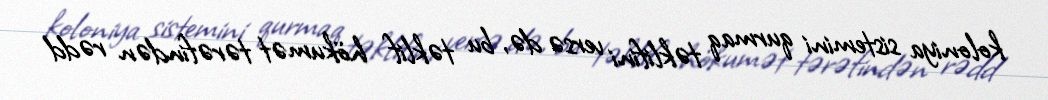
koloniya sistemini qurmaq təklifini versə də, bu təklif hökumət tərəfindən rədd